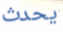
يحدث